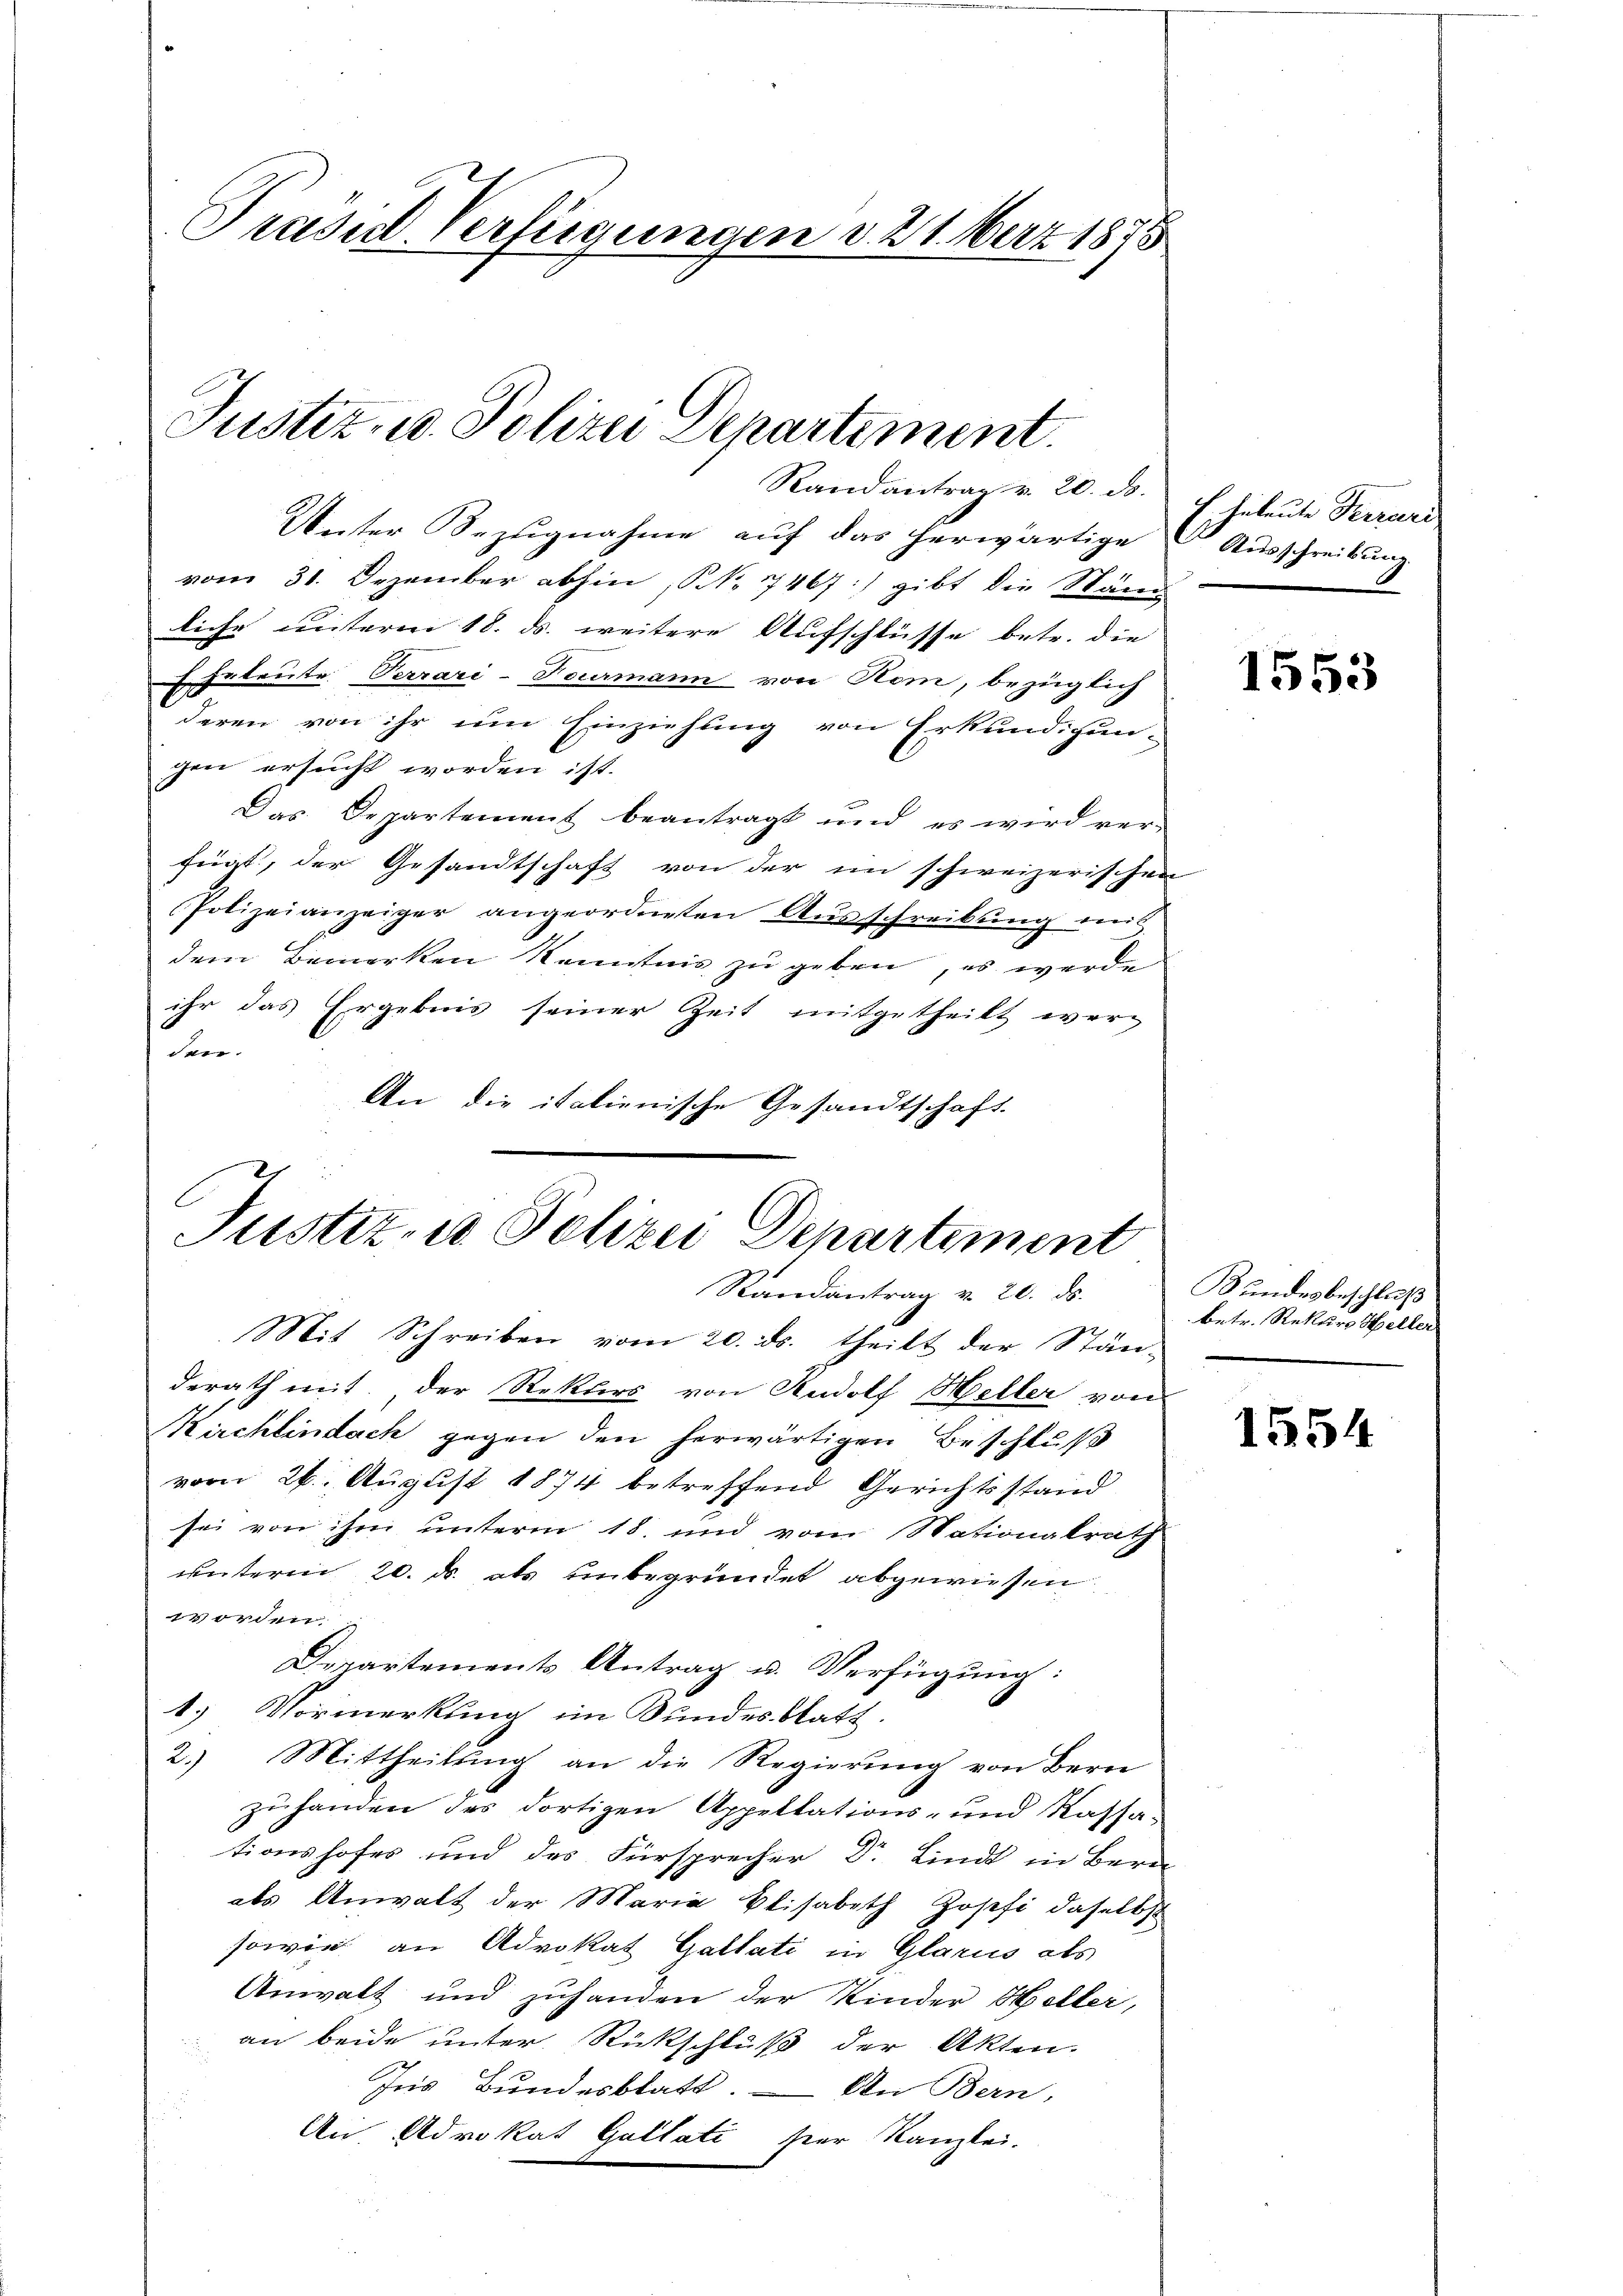
Prasil-Verfügungen d. 21. März 1875

Justiz- u. Polizei Departement.

Randantrag v. 20. ds.
Unter Bezugnahme auf das herwärtige Ausschreibung
vom 31. Dezember abhin, S. 17467:) gibt die Ständ
liche unterm 18. ds. weitere Aufschlüsse betr. die
Eheleute Terrari-Feurmann von Nom, bezüglich
deren von ihr um Einziehung von Erkundigun-
gen ersucht worden ist.
Das Departement beantragt und es wird ver-
fügt, der Gesandtschaft von der im schweizerischen
Polizeianzeiger angeordneten Aŭsschreibŭng mit
dem Bemerken Kenntnis zu geben, es werde
ihr das Ergebnis seiner Zeit mitgetheilt werden.
An die italienische Gesandtschaft.

Justiz- u Polizei Departement
Randantrag v. 20. ds.

Mit Schreiben vom 20. ds. theilt der Stän-
derath mit der Rekurs von Rudolf Heller von
Kirchlindach gegen den herwärtigen Beschluß
vom 26. August 1874 betreffend Gerichtsstand
sei von ihm unterm 18. und vom Nationalrath
unterm 20. d. als unbegründet abgewiesen.
14 orden
Departements Antrag u. Verfügung:
1.) Vormerkung im Bundesblatt.
2.) Mittheilŭng an die Regierŭng von Bern
zuhanden des dortigen Appellations- und Kassationshofes und des Fürsprecher Dr. Lindt in Bern
als Anwalt der Maria Elisabeth Josefi daselbst
sowie an Advokat Galtati in Glarus als
Anwalt und zuhanden der Kinder Heller,
an beide unter Rückschluß der Akten.
Ins Bundesblatt. — In Bern,
An Advokat Gultati hier Kanzlei.

Echeleute Ferrari

1553

Kundesbeschluß
betr. Rekurs Heller

1554